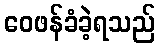
ဝေဖန်ခံခဲ့ရသည်